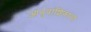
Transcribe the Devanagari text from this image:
आनुवांशिकांचा